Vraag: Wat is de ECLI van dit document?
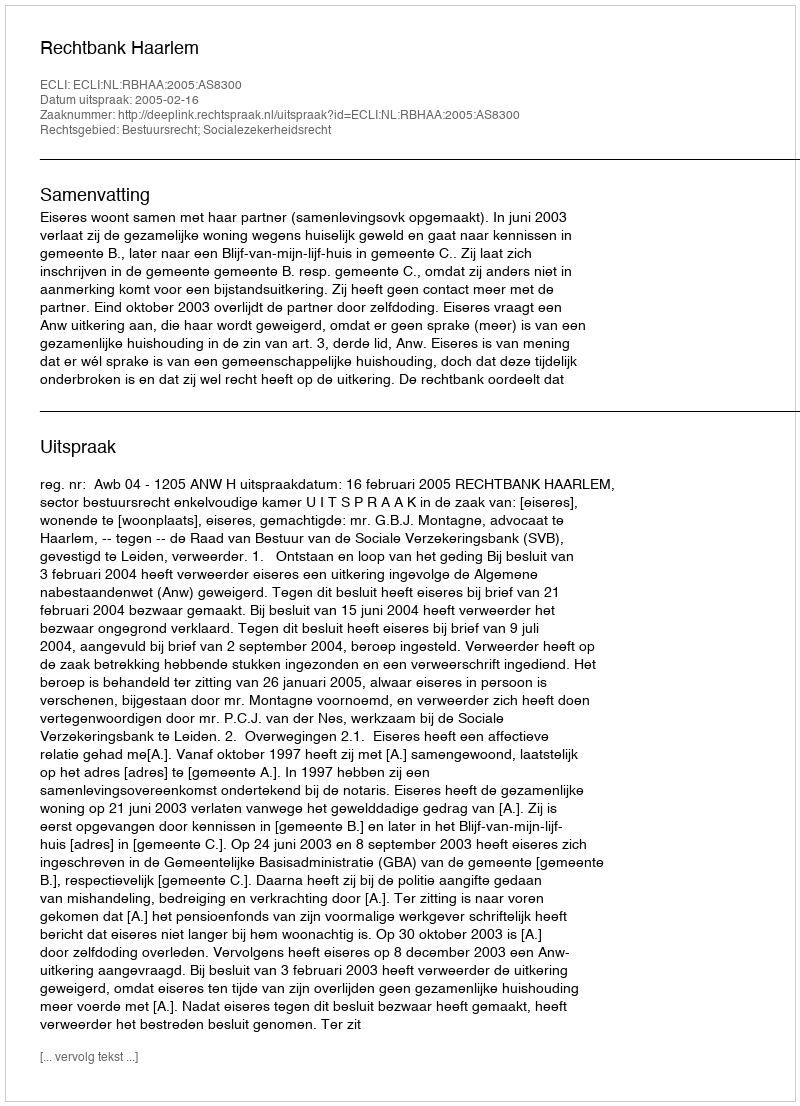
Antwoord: ECLI:NL:RBHAA:2005:AS8300